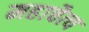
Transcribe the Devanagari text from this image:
महाचैत्‍य